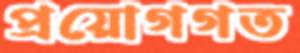
প্রয়োগগত